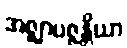
အဇ္ဈာပဇ္ဇန္တိယာ